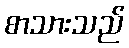
စာသားသည်